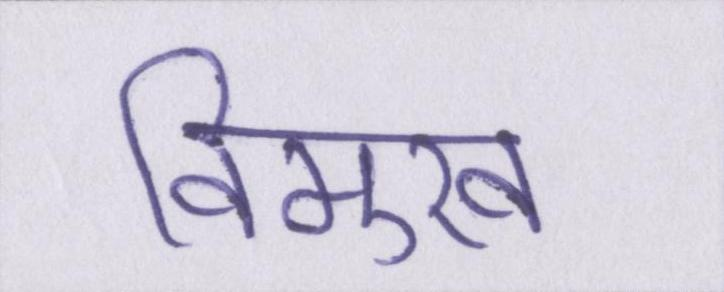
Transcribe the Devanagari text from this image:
विमुख